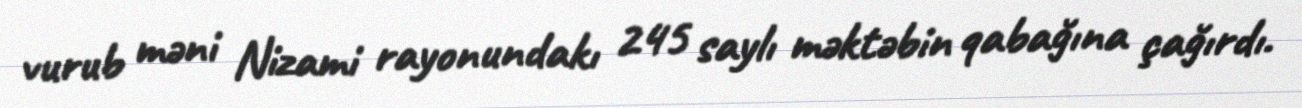
vurub məni Nizami rayonundakı 245 saylı məktəbin qabağına çağırdı.